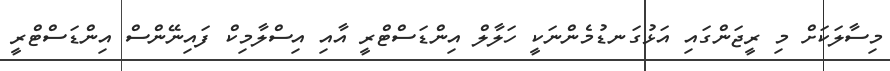
މިސާލަކަށް މި ރީޖަންގައި އަޅުގަނޑުމެންނަކީ ހަލާލް އިންޑަސްޓްރީ އާއި އިސްލާމިކް ފައިނޭންސް އިންޑަސްޓްރީ